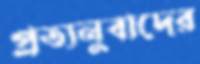
প্রত্যনুবাদের